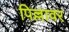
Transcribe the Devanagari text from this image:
पिल्लावर